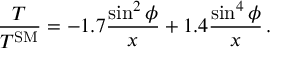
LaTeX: \frac { T } { T ^ { \mathrm { S M } } } = - 1 . 7 \frac { \sin ^ { 2 } \phi } { x } + 1 . 4 \frac { \sin ^ { 4 } \phi } { x } \, .